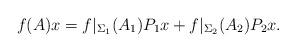
LaTeX: \begin{align*}f(A)x = f|_{\Sigma_1}(A_1)P_1 x + f|_{\Sigma_2}(A_2)P_2 x.\end{align*}